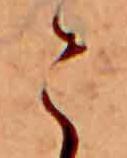
こ